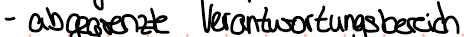
- abgegrenzte Verantwortungsbereich